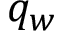
q _ { w }